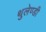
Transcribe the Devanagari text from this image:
थुलेण्डी